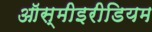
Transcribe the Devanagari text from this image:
ऑस्मीइरीडियम